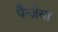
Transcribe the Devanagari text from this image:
पैन्जेया